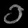
Digit: ၁